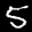
Label: 5